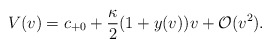
\begin{align*} V(v)=c_{+0}+\frac{\kappa}{2}(1+y(v))v+\mathcal{O}(v^2).\end{align*}